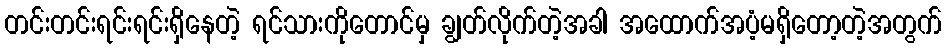
တင်းတင်းရင်းရင်းရှိနေတဲ့ ရင်သားကိုတောင်မှ ချွတ်လိုက်တဲ့အခါ အထောက်အပံ့မရှိတော့တဲ့အတွက်